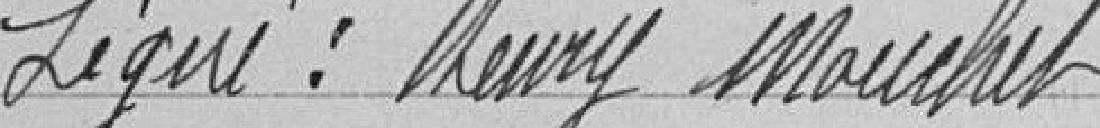
Singé : Henry MOURCHET